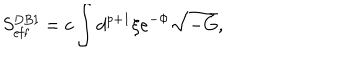
LaTeX: S _ { \mathrm { e f f } } ^ { \mathrm { D B I } } = c \int d ^ { p + 1 } \xi e ^ { - \Phi } \sqrt { - \tilde { G } } ,